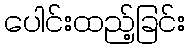
ပေါင်းထည့်ခြင်း